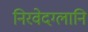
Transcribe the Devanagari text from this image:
निरवेदग्लानि